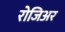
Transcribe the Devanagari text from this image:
रोजिअर